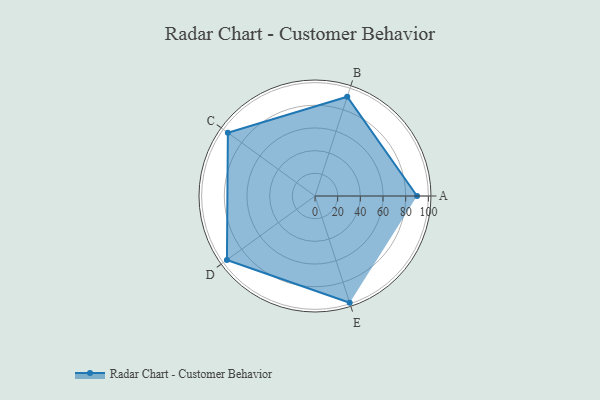
{"axis": {"x": "Skill", "y": "Score"}, "legend": ["Profile"], "data": [{"x": "A", "y": 90.0, "type": "Profile"}, {"x": "B", "y": 92.0, "type": "Profile"}, {"x": "C", "y": 95.0, "type": "Profile"}, {"x": "D", "y": 96.0, "type": "Profile"}, {"x": "E", "y": 99, "type": "Profile"}]}